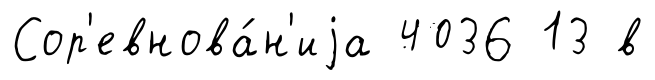
Сор'евнова́н'иjа 4036 13 в